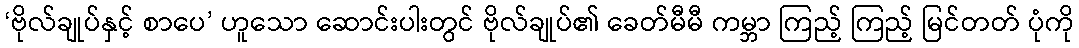
‘ဗိုလ်ချုပ်နှင့် စာပေ’ ဟူသော ဆောင်းပါးတွင် ဗိုလ်ချုပ်၏ ခေတ်မီမီ ကမ္ဘာ ကြည့် ကြည့် မြင်တတ် ပုံကို